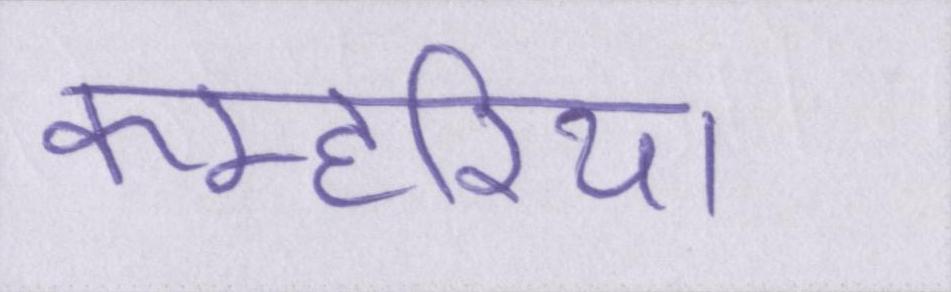
कम्हरिया